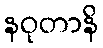
နဝုတာနိ